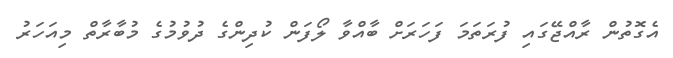
އެގޮތުން ރާއްޖޭގައި ފުރަތަމަ ފަހަަރަށް ބާއްވާ ލޯފަން ކުދިންގެ ދުވުމުގެ މުބާރާތް މިއަހަރު